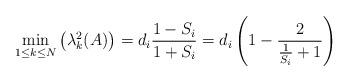
LaTeX: \begin{align*}\min_{1\leq k\leq N}\left( \lambda_{k}^{2}(A)\right) =d_{i}\frac{1-S_{i}}{1+S_{i}}=d_{i}\left( 1-\frac{2}{\frac{1}{S_{i}}+1}\right)\end{align*}